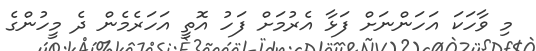
މި ވާހަކަ އަހަންނަށް ފަޅާ އެރުމަށް ފަހު އޮތީ އަހަރެމެން ދެ މީހުންގެ